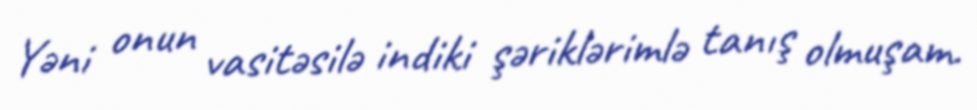
Yəni onun vasitəsilə indiki şəriklərimlə tanış olmuşam.